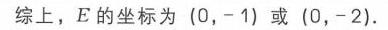
综上，\(E\)的坐标为\((0, -1)\)或\((0, -2)\).